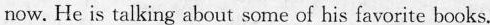
now. He is talking about some of his favorite books.